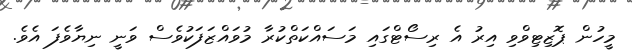
މީހުން ޕޮޒިޓިވްވި އިރު އެ ރިސޯޓްގައި މަސައްކަތްކުރާ މުވައްޒަފަކުވެސް ވަނީ ނިޔާވެފަ އެވެ.